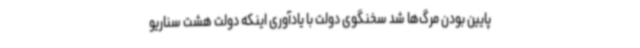
پایین بودن مرگ‌ها شد سخنگوی دولت با یادآوری اینکه دولت هشت سناریو